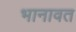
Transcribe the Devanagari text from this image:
भानावत